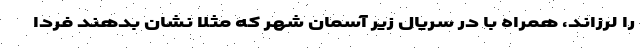
را لرزاند، همراه با در سریال زیر آسمان شهر که مثلاً نشان بدهند فردا